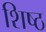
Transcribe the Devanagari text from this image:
शिष्ठ